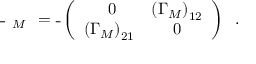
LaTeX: \overline { { { \bf \Psi } } } \, { \bf \Gamma } _ { M } \, { \bf \Psi } = \overline { { { \bf \Psi } } } \left( \begin{array} { c c } { { \ 0 } } & { { \left( { \Gamma _ { M } } \right) _ { 1 2 } } } \\ { { \left( { \Gamma _ { M } } \right) _ { 2 1 } } } & { { 0 } } \end{array} \right) { \bf \Psi } \; .